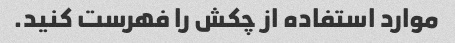
موارد استفاده از چکش را فهرست کنید.